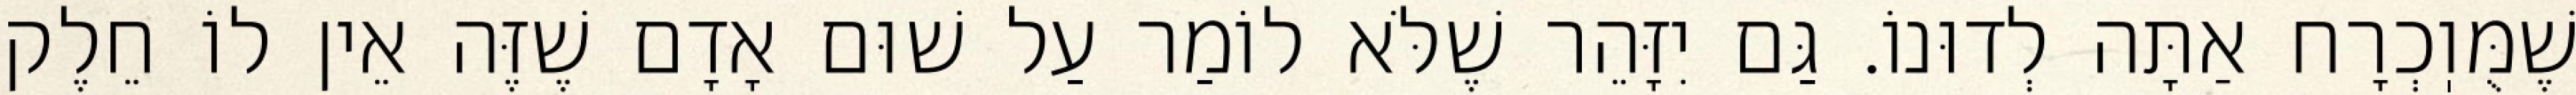
שֶׁמֻּוֽכְרָח אַתָּה לְדוּנוֹ. גַּם יִזָּהֵר שֶׁלֹּא לוֹמַר עַל שׁוּם אָדָם שֶׁזֶּה אֵין לוֹ חֵלֶק